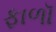
ફાળૉ